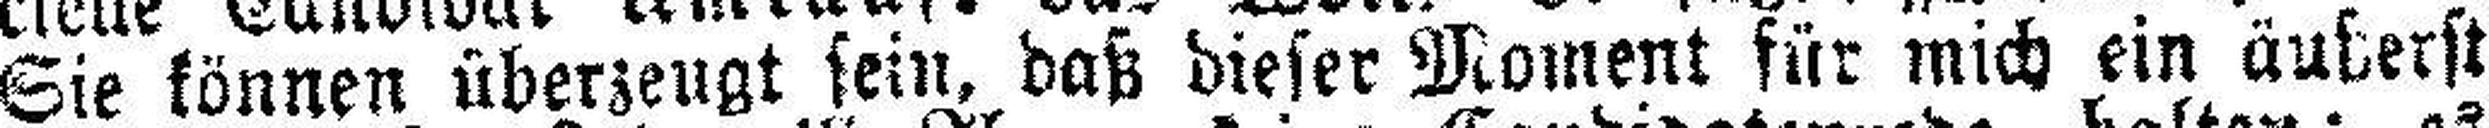
Sie können überzeugt sein, daß dieser Moment für mich ein äußerst